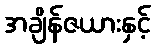
အချိန်ဇယားနှင့်